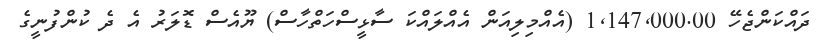
ދައްކަންޖެހޭ 1